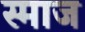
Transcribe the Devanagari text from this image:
स्माज